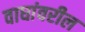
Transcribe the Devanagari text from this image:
वाघांवरील